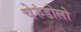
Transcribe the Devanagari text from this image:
चेरुंडोलो